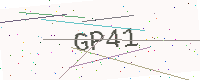
Text: GP41